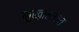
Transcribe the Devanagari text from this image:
मुख़ालफत